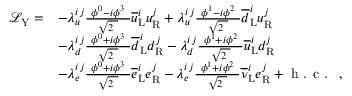
{ \begin{array} { r l } { { \mathcal { L } } _ { \mathrm { Y } } = } & { - \lambda _ { u } ^ { i \, j } { \frac { \ \phi ^ { 0 } - i \phi ^ { 3 } \ } { \sqrt { 2 \ } } } { \overline { { u } } } _ { \mathrm { L } } ^ { i } u _ { \mathrm { R } } ^ { j } + \lambda _ { u } ^ { i \, j } { \frac { \ \phi ^ { 1 } - i \phi ^ { 2 } \ } { \sqrt { 2 \ } } } { \overline { { d } } } _ { \mathrm { L } } ^ { i } u _ { \mathrm { R } } ^ { j } } \\ & { - \lambda _ { d } ^ { i \, j } { \frac { \ \phi ^ { 0 } + i \phi ^ { 3 } \ } { \sqrt { 2 \ } } } { \overline { { d } } } _ { \mathrm { L } } ^ { i } d _ { \mathrm { R } } ^ { j } - \lambda _ { d } ^ { i \, j } { \frac { \ \phi ^ { 1 } + i \phi ^ { 2 } \ } { \sqrt { 2 \ } } } { \overline { { u } } } _ { \mathrm { L } } ^ { i } d _ { \mathrm { R } } ^ { j } } \\ & { - \lambda _ { e } ^ { i \, j } { \frac { \ \phi ^ { 0 } + i \phi ^ { 3 } \ } { \sqrt { 2 \ } } } { \overline { { e } } } _ { \mathrm { L } } ^ { i } e _ { \mathrm { R } } ^ { j } - \lambda _ { e } ^ { i \, j } { \frac { \ \phi ^ { 1 } + i \phi ^ { 2 } \ } { \sqrt { 2 \ } } } { \overline { { \nu } } } _ { \mathrm { L } } ^ { i } e _ { \mathrm { R } } ^ { j } + { \textrm { h . c . } } \ , } \end{array} }